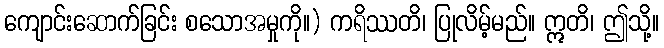
ကျောင်းဆောက်ခြင်း စသောအမှုကို။) ကရိဿတိ၊ ပြုလိမ့်မည်။ ဣတိ၊ ဤသို့။